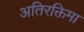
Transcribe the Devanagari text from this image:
अतिरक्तिमा